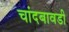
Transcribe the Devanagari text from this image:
चांदबावडी